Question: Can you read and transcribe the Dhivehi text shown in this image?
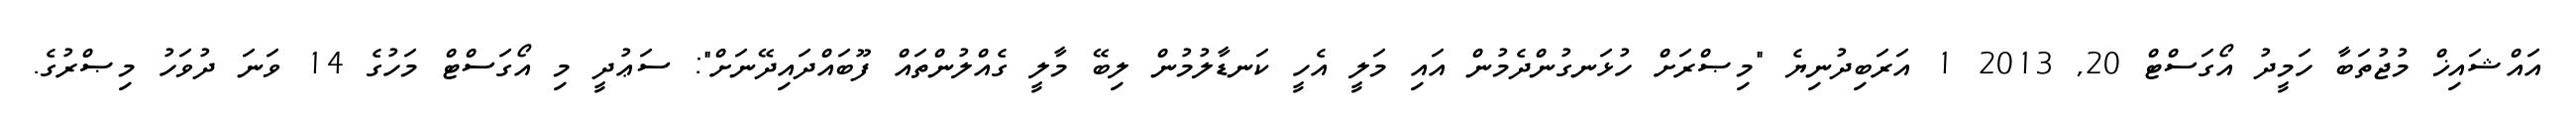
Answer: އައްޝައިޚް މުޖުތަބާ ހަމީދު އޯގަސްޓް 20, 2013 1 އަރަބިދުނިޔެ "މިޞްރަށް ހުޅަނގުންދެމުން އައި މަލީ އެހީ ކަނޑާލުމުން ލިބޭ މާލީ ގެއްލުންތައް ފޫބައްދައިދޭނަށް": ސަޢުދީ މި އޯގަސްޓް މަހުގެ 14 ވަނަ ދުވަހު މިޞްރުގެ.